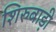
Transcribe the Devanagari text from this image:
शिरुबाड़ी